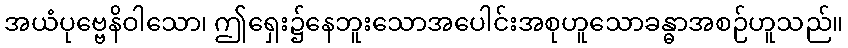
အယံပုဗ္ဗေနိဝါသော၊ ဤရှေး၌နေဘူးသောအပေါင်းအစုဟူသောခန္ဓာအစဉ်ဟူသည်။